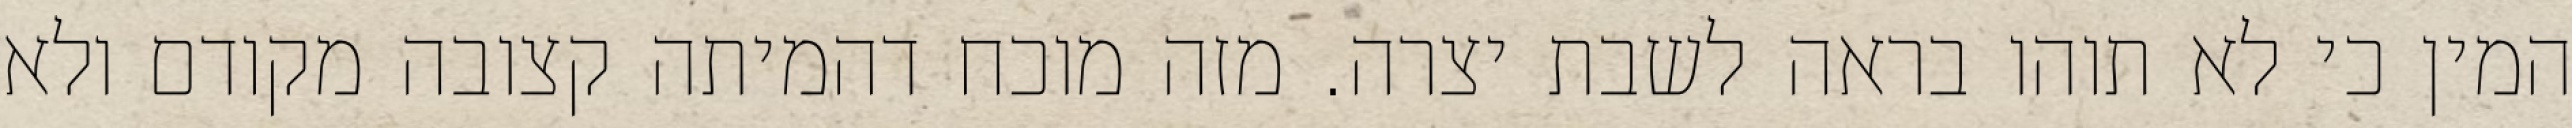
המין כי לא תוהו בראה לשבת יצרה. מזה מוכח דהמיתה קצובה מקודם ולא